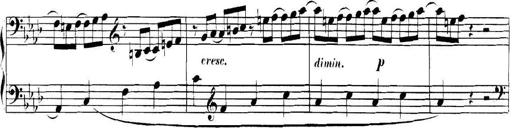
Title: Collected Piano Sonatas
Composer: Muzio Clementi